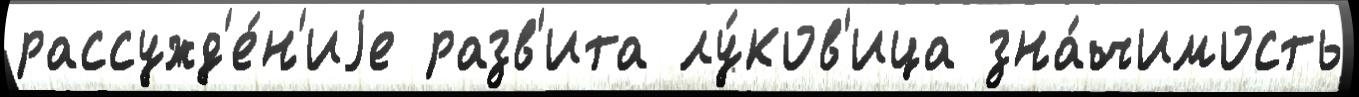
рассужд'е́н'иjе разв'ита лу́ков'ица зна́чимость